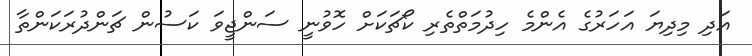
އަދި މިދިޔަ އަހަރުގެ އެންމެ ހިދުމަތްތެރި ކޯޗަކަށް ހޮވުނީ ސަންޖީވަ ކަސުން ޗަންދުރަކަންތާ